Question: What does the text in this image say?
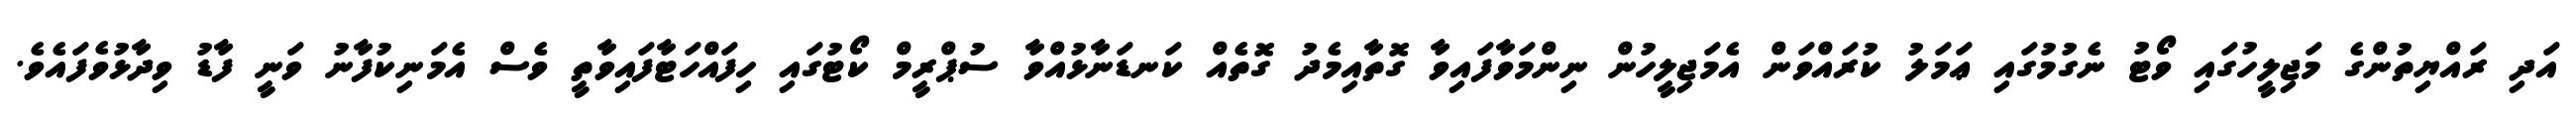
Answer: އަދި ރައްޔިތުންގެ މަޖިލީހުގައި ވޯޓު ނެގުމުގައި ޢަމަލު ކުރައްވަން އެމަޖިލީހުން ނިންމަވާފައިވާ ގޮތާއިމެދު ގޮތެއް ކަނޑަނާޅުއްވާ ސުޕްރީމް ކޯޓުގައި ހިފައްހަޓާފައިވާތީ ވެސް އެމަނިކުފާނު ވަނީ ފާޑު ވިދާޅުވެފައެވެ.